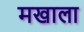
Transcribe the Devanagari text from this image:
मखाला